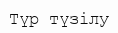
Түр түзілу